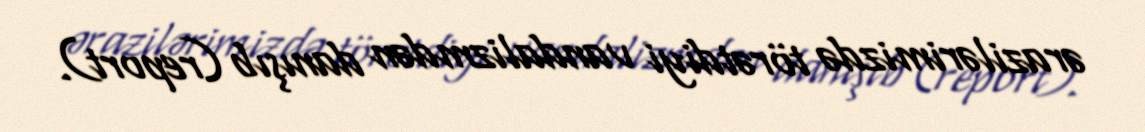
ərazilərimizdə törətdiyi vandalizmdən danışıb (report).